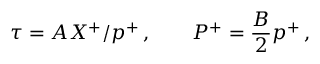
\tau = A X ^ { + } / p ^ { + } \, , \quad \quad P ^ { + } = \frac { B } { 2 } p ^ { + } \, ,